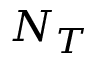
N _ { T }